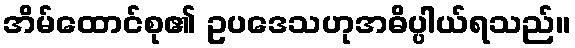
အိမ်ထောင်စု၏ ဥပဒေသဟုအဓိပ္ပါယ်ရသည်။